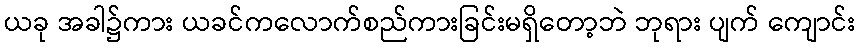
ယခု အခါ၌ကား ယခင်ကလောက်စည်ကားခြင်းမရှိတော့ဘဲ ဘုရား ပျက် ကျောင်း